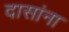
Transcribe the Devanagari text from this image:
दासांना